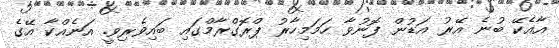
އާއެކޭ ބުނެ އޭރު އަޑުން ފޮނުވާ ހަމަމިހާރު ޕްރޮގްރާމްގައި ބައިވެރިވީ. އަނެއްކާ އޭގެ